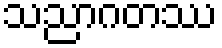
သညာဂတဿ